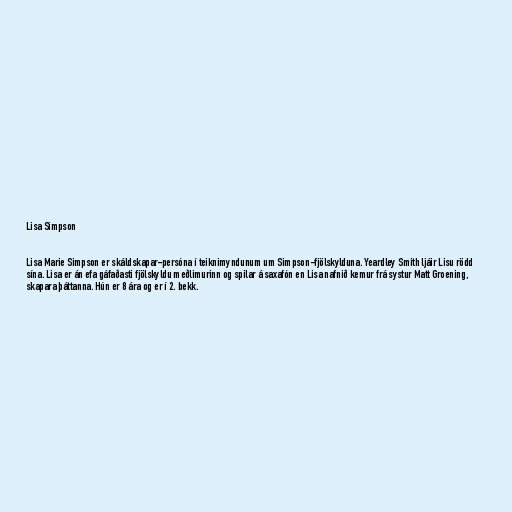
Lisa Simpson

Lisa Marie Simpson er skáldskapar-persóna í teiknimyndunum um Simpson-fjölskylduna. Yeardley Smith ljáir Lisu rödd
sína. Lisa er án efa gáfaðasti fjölskyldu meðlimurinn og spilar á saxafón en Lisa nafnið kemur frá systur Matt Groening,
skapara þáttanna. Hún er 8 ára og er í 2. bekk.